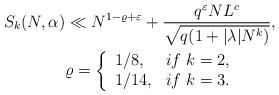
LaTeX: \begin{align*}\begin{aligned}S_{k}(N,\alpha)&\ll N^{1-\varrho+\varepsilon}+\frac{q^{\varepsilon}NL^{c}}{\sqrt{q(1+|\lambda|N^{k})}}, \\&\varrho = \left \{ \begin{array}{lll} {1/8},&if\ k=2,\\ 1/14,&if\ k=3. \end{array} \right.\end{aligned}\end{align*}